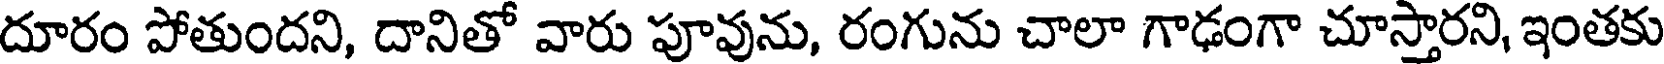
దూరం పోతుందని, దానితో వారు పూవును, రంగును చాలా గాఢంగా చూస్తారని, ఇంతకు